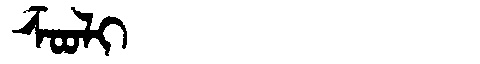
Manchu: ᡯᠣᠣᠯᡳ
Romanization: DZOOLI